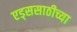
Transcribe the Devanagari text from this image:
एड्ससाठीच्या